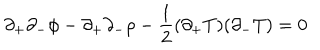
\partial _ { + } \partial _ { - } \phi - \partial _ { + } \partial _ { - } \rho - \frac { 1 } { 2 } ( \partial _ { + } T ) ( \partial _ { - } T ) = 0